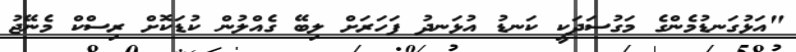
"އަޅުގަނޑުމެންގެ މަގުސަދަކީ ކަނޑު އުޅަނދު ފަހަރަށް ލިބޭ ގެއްލުން ކުޑަކޮށް ރިސްކް މެނޭޖު